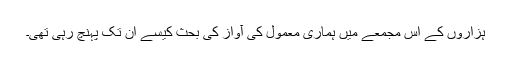
ہزاروں کے اس مجمعے میں ہماری معمول کی آواز کی بحث کیسے ان تک پہنچ رہی تھی۔